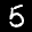
Label: 5